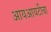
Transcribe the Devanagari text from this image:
आयआयटीचा